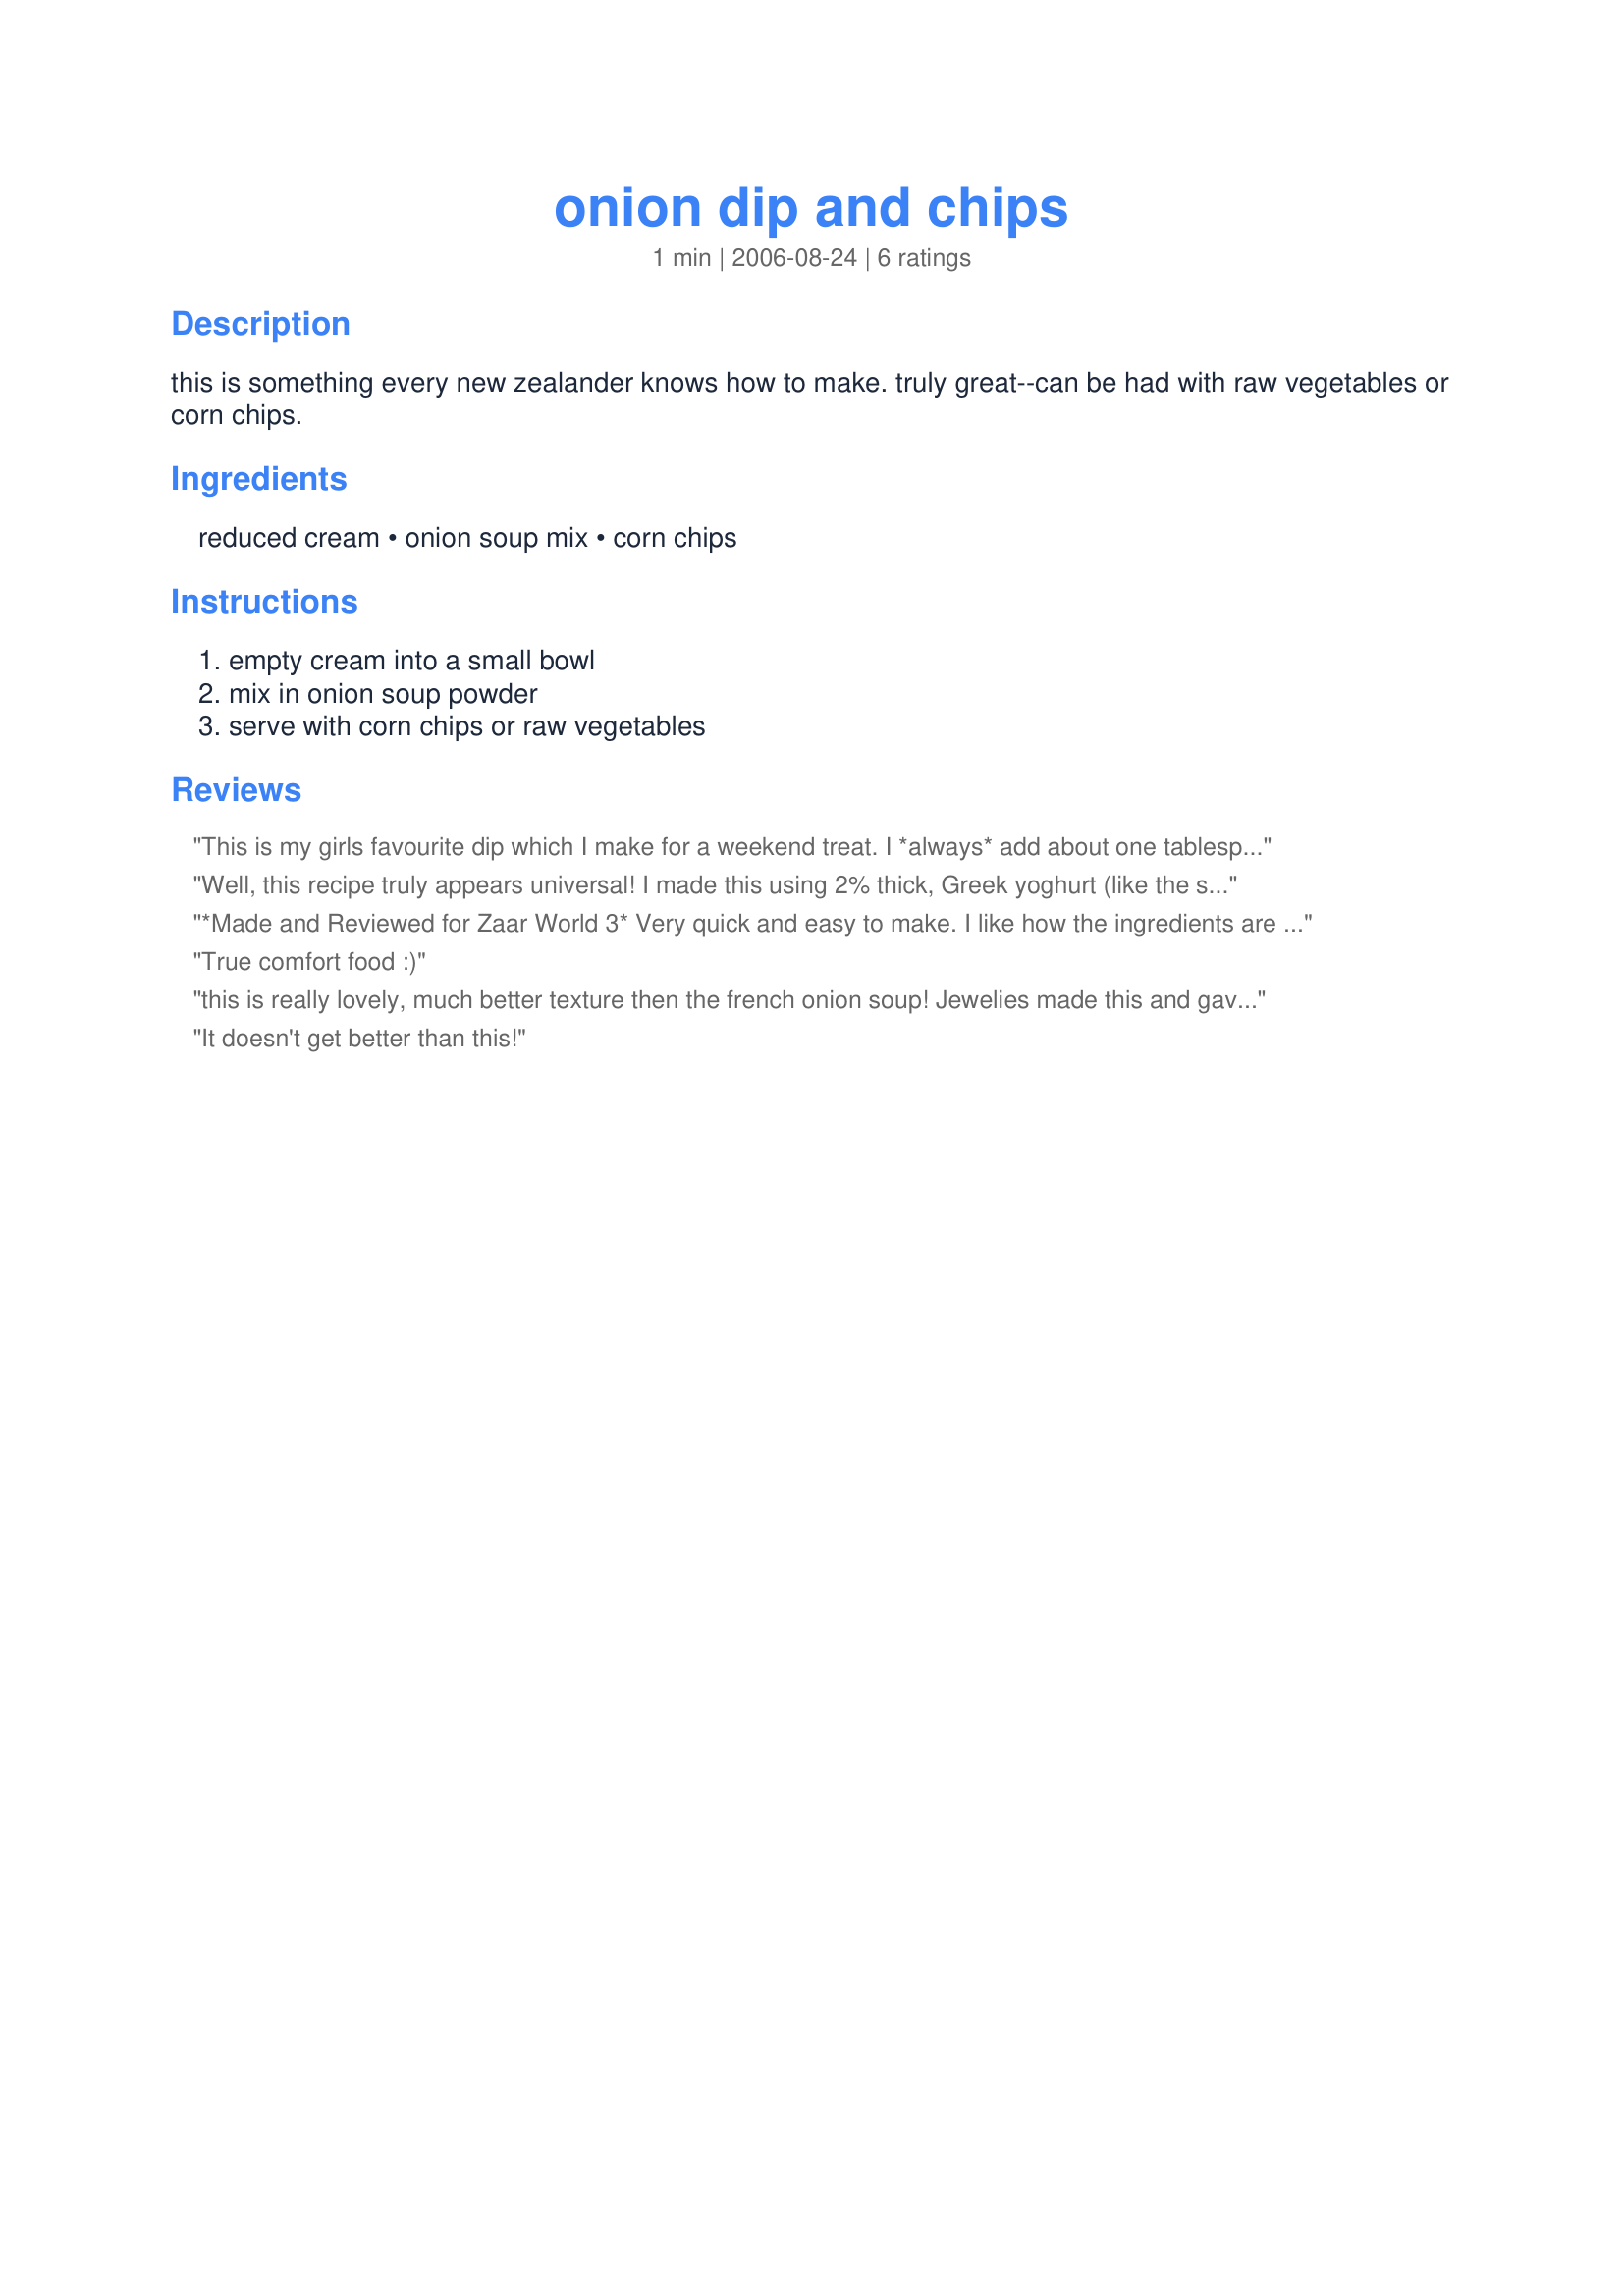
onion dip and chips
Preparation time: 1 minutes

this is something every new zealander knows how to make. truly great--can be had with raw vegetables or corn chips.

Ingredients:
reduced cream, onion soup mix, corn chips

Steps:
empty cream into a small bowl, mix in onion soup powder, serve with corn chips or raw vegetables

Reviews:
This is my girls favourite dip which I make for a weekend treat. I *always* add about one tablespoon of malt vinegar and definitely need to use 'Maggi' soup mix. It wouldn't be the same dip without it. I like to serve with potato chips.
Well, this recipe truly appears universal! I made this using 2% thick, Greek yoghurt (like the subtle tang it gives the dip) and Knorr onion soup mix. Served with raw veggies for a healthy snack after school for the kids.
*Made and Reviewed for Zaar World 3* Very quick and easy to make. I like how the ingredients are all pantry items and the dip can be put together quickly and at short notice. I did think though that the dip was very salty- maybe due to the brand of soup mix used. Photo to come
True comfort food :)
this is really lovely, much better texture then the french onion soup! Jewelies made this and gave me all the hints, will make it myself soon!
It doesn't get better than this!
